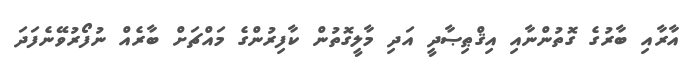
އާރާއި ބާރުގެ ގޮތުންނާއި އިޤްޠިޞާދީ އަދި މާލީގޮތުން ކާފިރުންގެ މައްޗަށް ބާރެއް ނުފޯރުވޭނެފަދަ